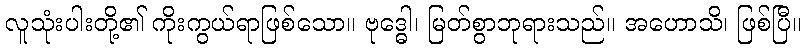
လူသုံးပါးတို့၏ ကိုးကွယ်ရာဖြစ်သော။ ဗုဒ္ဓေါ၊ မြတ်စွာဘုရားသည်။ အဟောသိ၊ ဖြစ်ပြီ။